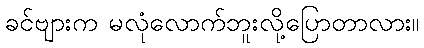
ခင်ဗျားက မလုံလောက်ဘူးလို့ပြောတာလား။